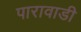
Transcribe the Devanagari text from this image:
पारावाडी